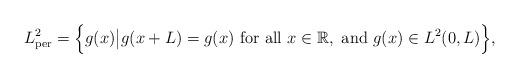
LaTeX: \begin{align*}L^2_{\mathrm{per}}=\Big\{g(x)\big|g(x+L)=g(x)\ \mathrm{for\ all}\ x\in\mathbb{R},\ {\mathrm{and}\ } g(x)\in L^2(0,L) \Big\},\end{align*}